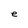
Character: e